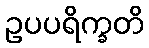
ဥပပရိက္ခတိ